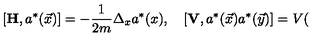
\left[ \mathbf { H } , a ^ { * } ( \vec { x } ) \right] = - \frac { 1 } { 2 m } \Delta _ { x } a ^ { * } ( x ) , \quad \left[ \mathbf { V } , a ^ { * } ( \vec { x } ) a ^ { * } ( \vec { y } ) \right] = V (